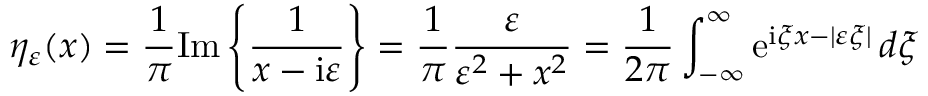
\eta _ { \varepsilon } ( x ) = { \frac { 1 } { \pi } } \mathrm { I m } \left\{ { \frac { 1 } { x - \mathrm { i } \varepsilon } } \right\} = { \frac { 1 } { \pi } } { \frac { \varepsilon } { \varepsilon ^ { 2 } + x ^ { 2 } } } = { \frac { 1 } { 2 \pi } } \int _ { - \infty } ^ { \infty } \mathrm { e } ^ { \mathrm { i } \xi x - | \varepsilon \xi | } \, d \xi